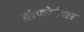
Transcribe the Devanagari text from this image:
बोफोर्टचा